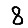
Digit: 8